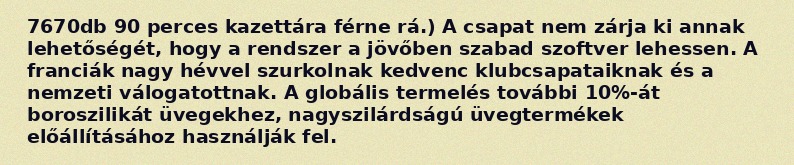
7670db 90 perces kazettára férne rá.) A csapat nem zárja ki annak lehetőségét, hogy a rendszer a jövőben szabad szoftver lehessen. A franciák nagy hévvel szurkolnak kedvenc klubcsapataiknak és a nemzeti válogatottnak. A globális termelés további 10%-át boroszilikát üvegekhez, nagyszilárdságú üvegtermékek előállításához használják fel.